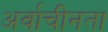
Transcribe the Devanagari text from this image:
अर्वाचीनता